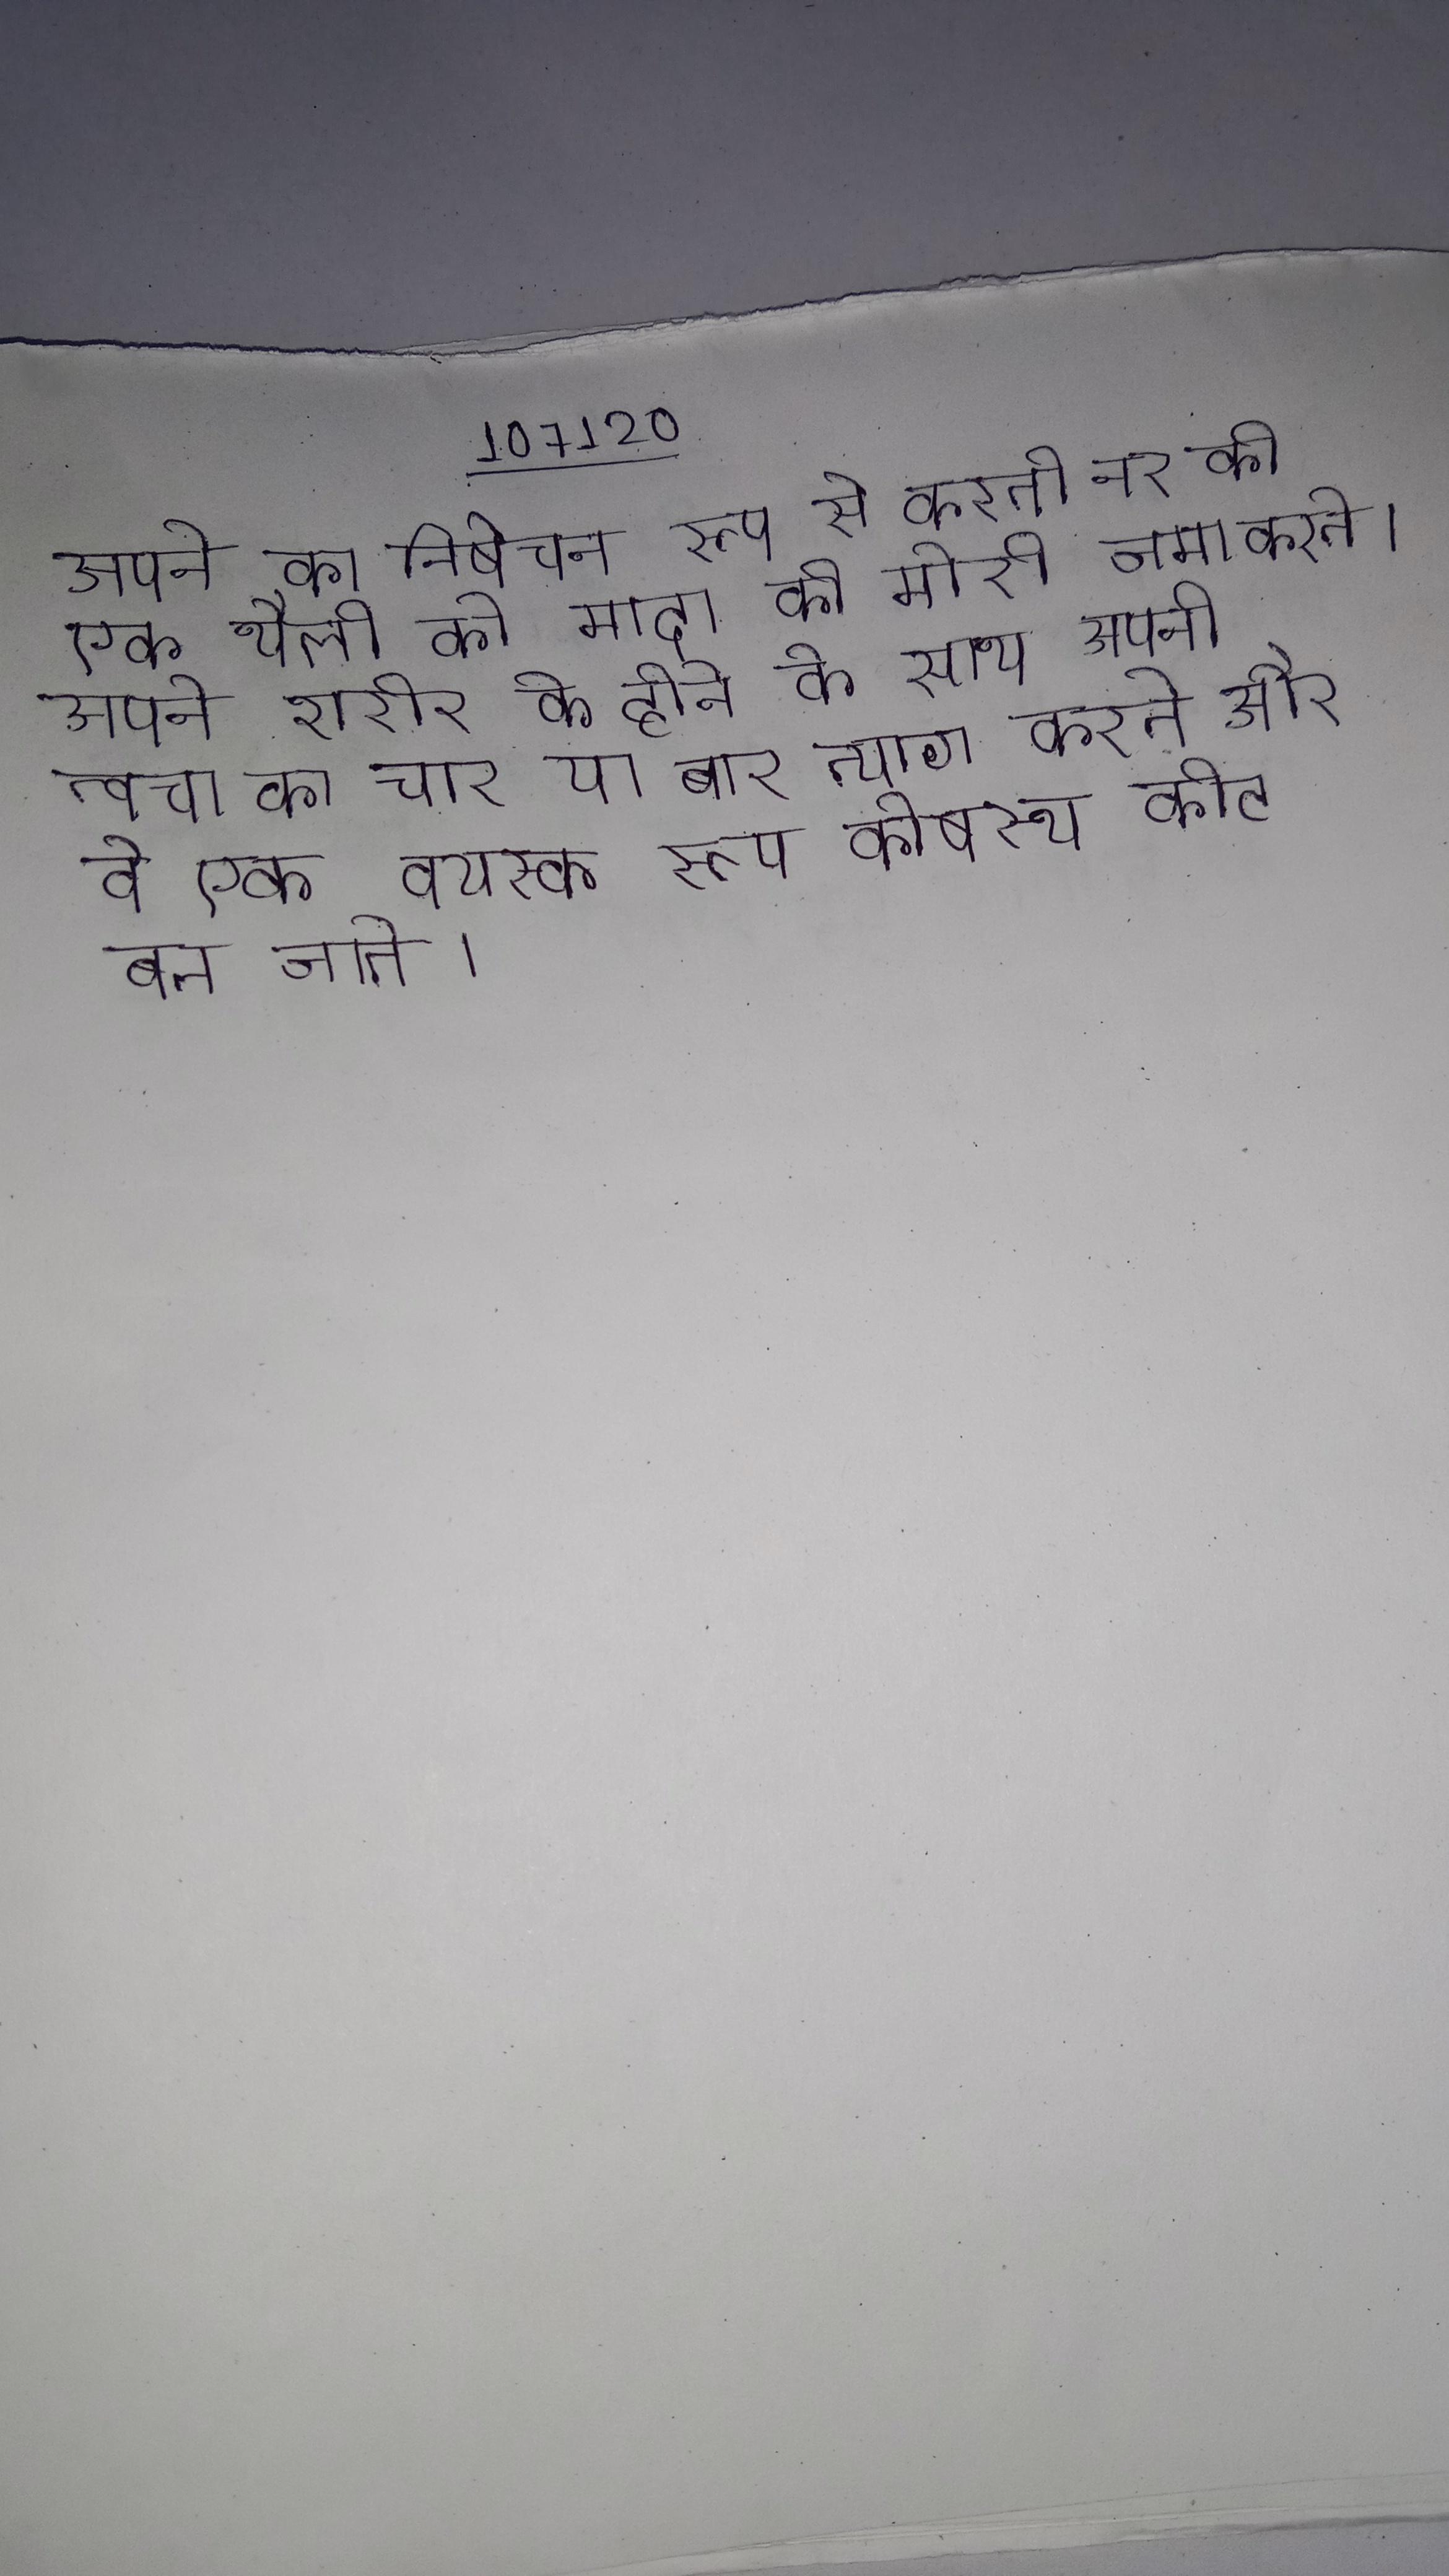
अपने का निषेचन रूप से करती नर की एक थैली को मादा की मोरी जमा करते । अपने शरीर के होने के साथ अपनी त्वचा का चार या बार त्याग करते और वे एक वयस्क रूप कोषस्थ कीट बन जाते ।